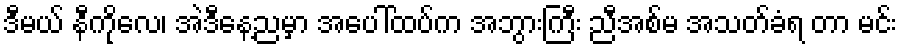
ဒီမယ် နီကိုလေ၊ အဲဒီနေ့ညမှာ အပေါ်ထပ်က အဘွားကြီး ညီအစ်မ အသတ်ခံရ တာ မင်း